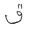
Letter: _qaf